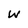
Character: w